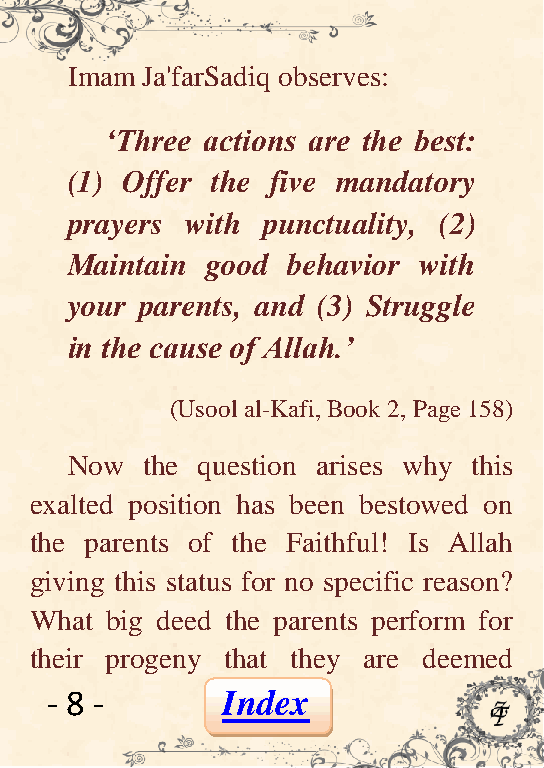
Imam Ja'farSadiq observes:
 „Three actions are the best:
 (1) Offer the five mandatory
 prayers with punctuality, (2)
 Maintain  good behavior with
 your parents, and (3) Struggle
 in the cause of Allah.‟
 (Usool al-Kafi, Book 2, Page 158)
 Now  the question arises why this
 exalted position has been bestowed on
 the parents of the Faithful! Is Allah
 giving this status for no specific reason?
 What big deed the parents perform for
 their progeny that they are deemed
 - 8 -       Index